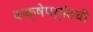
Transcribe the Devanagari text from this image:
कक्षेपर्यंतची